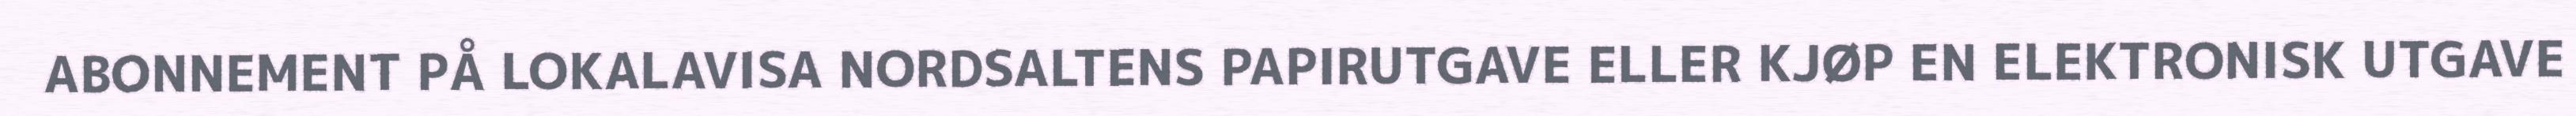
ABONNEMENT PÅ LOKALAVISA NORDSALTENS PAPIRUTGAVE ELLER KJØP EN ELEKTRONISK UTGAVE